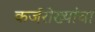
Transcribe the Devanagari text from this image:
कर्जरोख्यांचा